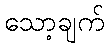
သော့ချက်